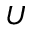
U